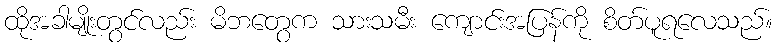
ထိုအခါမျိုးတွင်လည်း မိဘတွေက သားသမီး ကျောင်းအပြန်ကို စိတ်ပူရလေသည်။